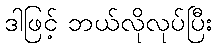
ဒါဖြင့် ဘယ်လိုလုပ်ပြီး